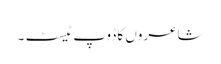
شاعروں کا ڈوپ ٹیسٹ ۔